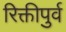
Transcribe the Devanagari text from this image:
रिक्तीपुर्व